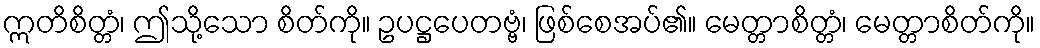
ဣတိစိတ္တံ၊ ဤသို့သော စိတ်ကို။ ဥပဋ္ဌပေတဗ္ဗံ၊ ဖြစ်စေအပ်၏။ မေတ္တာစိတ္တံ၊ မေတ္တာစိတ်ကို။